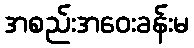
အစည်းအဝေးခန်းမ